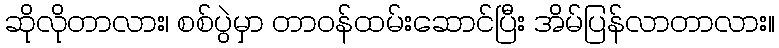
ဆိုလိုတာလား၊ စစ်ပွဲမှာ တာဝန်ထမ်းဆောင်ပြီး အိမ်ပြန်လာတာလား။